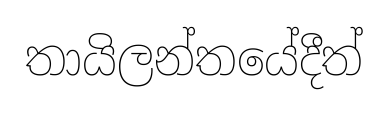
තායිලන්තයේදීත්